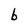
Character: b